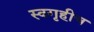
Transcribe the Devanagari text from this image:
स्वगृहीच